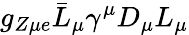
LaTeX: g_{Z\mu e}\bar{L}_{\mu}\gamma^{\mu}D_{\mu}L_{\mu}